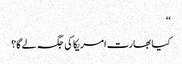
‘‘
کیا بھارت امریکا کی جگہ لے گا؟